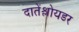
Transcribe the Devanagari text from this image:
दातेंश्लोयडर